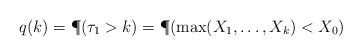
\begin{align*}q(k)=\P(\tau_1>k)=\P(\max(X_1,\dots,X_k)<X_0)\end{align*}